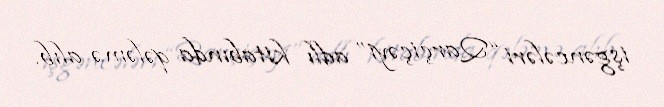
işgəncələri “Qarçiçəyi” adlı kitabında qələmə alıb.